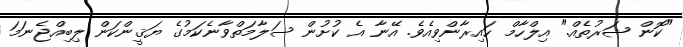
"ކޮން ޝަރުތެއް." އިލްހާމް ހައިރާންވިއެވެ. އޭނާ އެ ކުށުން ސަލާމަތްވާނެކަމުގެ ޔަޤީންކަން ލިބިއްޖެނަމަ